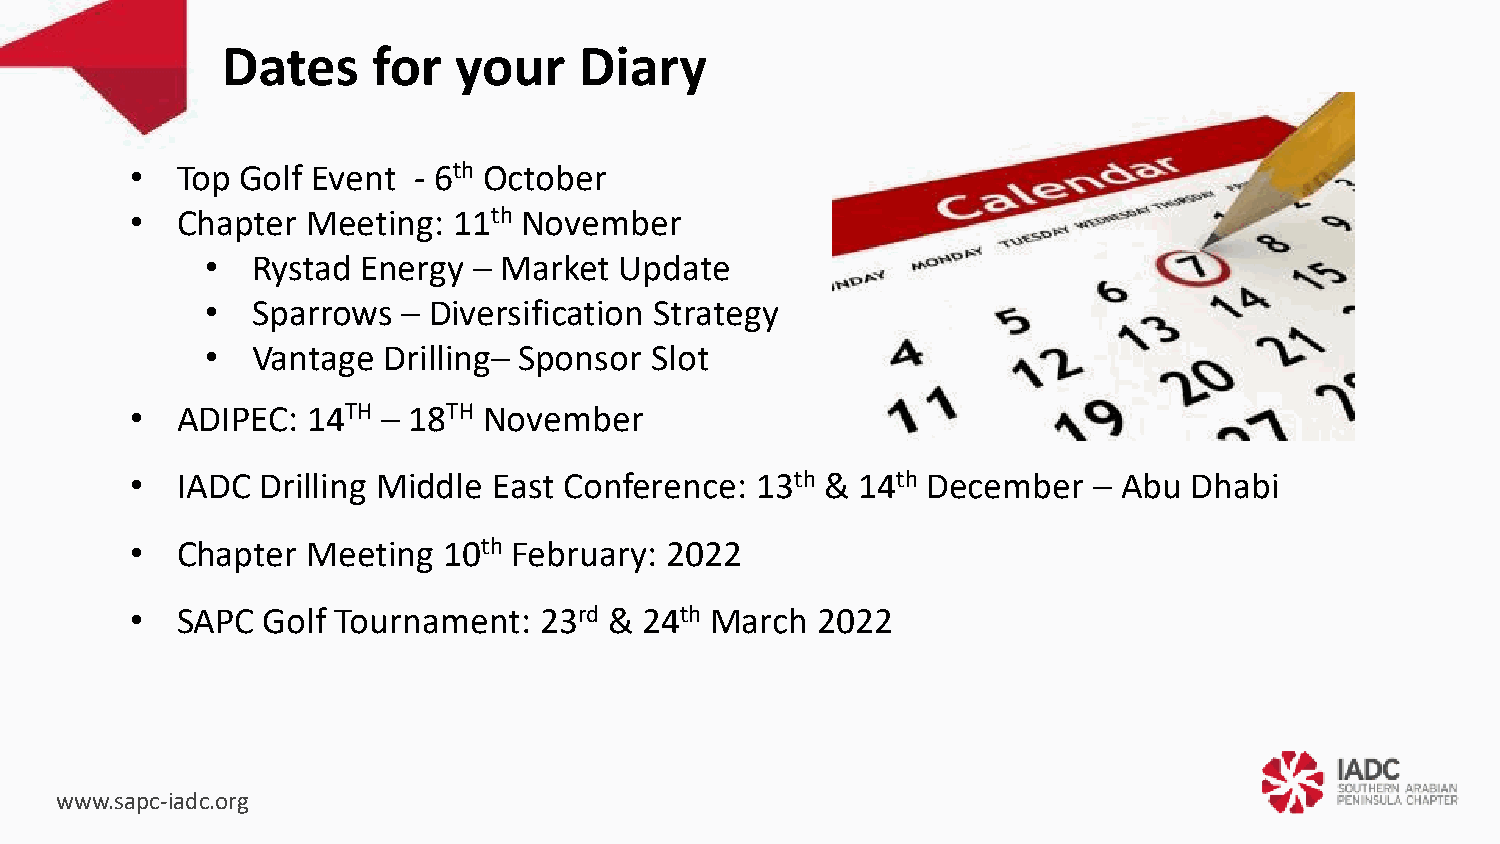
Dates     for  your    Diary
 •  Top Golf Event - 6th October
 •  Chapter Meeting:  11th November
 •  Rystad Energy – Market  Update
 •  Sparrows  – Diversification Strategy
 •  Vantage Drilling– Sponsor Slot
 •  ADIPEC: 14TH – 18TH November
 •  IADC Drilling Middle East Conference: 13th & 14th December  – Abu  Dhabi
 •  Chapter Meeting  10th February: 2022
 •  SAPC Golf Tournament:   23rd & 24th March 2022
 www.sapc-iadc.org